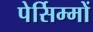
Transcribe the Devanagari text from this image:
पेर्सिम्मों